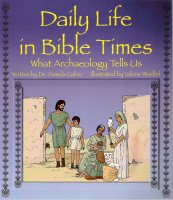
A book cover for Daily Life in Bible Times: What Archaeology Tells Us; Pamela Gaber; Children's Books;